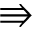
\Rrightarrow